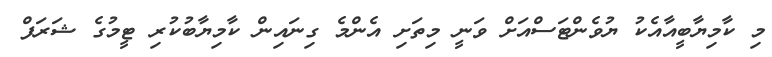
މި ކާމިޔާބީއާއެކު ޔުވެންޓަސްއަށް ވަނީ މިތަށި އެންމެ ގިނައިން ކާމިޔާބުކުރި ޓީމުގެ ޝަރަފް